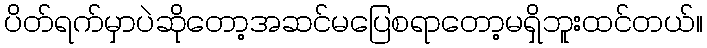
ပိတ်ရက်မှာပဲဆိုတော့အဆင်မပြေစရာတော့မရှိဘူးထင်တယ်။